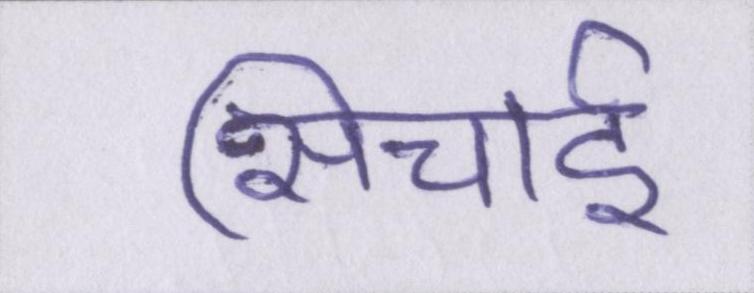
सिचाई